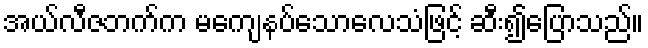
အယ်လီဇဘက်က မကျေနပ်သောလေသံဖြင့် ဆီး၍ပြောသည်။